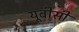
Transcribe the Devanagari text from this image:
यूबीसी